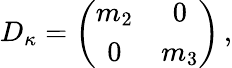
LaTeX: D_{\kappa}=\left(\begin{array}{cc}{{m_{2}}}&{{0}}\\ {{0}}&{{m_{3}}}\end{array}\right)\, ,